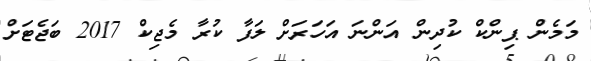
މަމެން ޕިންކް ކުދިން އަންނަ އަހަރަށް ލަފާ ކުރާ މެޖިކް 2017 ބަޖެޓަށް